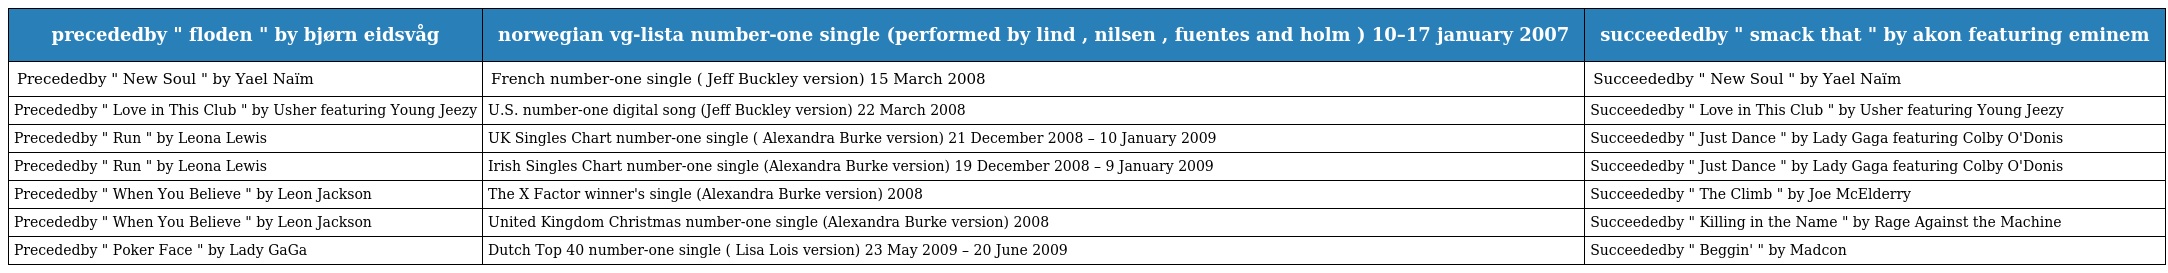
| precededby " floden " by bjørn eidsvåg | norwegian vg-lista number-one single (performed by lind , nilsen , fuentes and holm ) 10–17 january 2007 | succeededby " smack that " by akon featuring eminem |
 | --- | --- | --- |
 | Precededby " New Soul " by Yael Naïm | French number-one single ( Jeff Buckley version) 15 March 2008 | Succeededby " New Soul " by Yael Naïm |
 | Precededby " Love in This Club " by Usher featuring Young Jeezy | U.S. number-one digital song (Jeff Buckley version) 22 March 2008 | Succeededby " Love in This Club " by Usher featuring Young Jeezy |
 | Precededby " Run " by Leona Lewis | UK Singles Chart number-one single ( Alexandra Burke version) 21 December 2008 – 10 January 2009 | Succeededby " Just Dance " by Lady Gaga featuring Colby O'Donis |
 | Precededby " Run " by Leona Lewis | Irish Singles Chart number-one single (Alexandra Burke version) 19 December 2008 – 9 January 2009 | Succeededby " Just Dance " by Lady Gaga featuring Colby O'Donis |
 | Precededby " When You Believe " by Leon Jackson | The X Factor winner's single (Alexandra Burke version) 2008 | Succeededby " The Climb " by Joe McElderry |
 | Precededby " When You Believe " by Leon Jackson | United Kingdom Christmas number-one single (Alexandra Burke version) 2008 | Succeededby " Killing in the Name " by Rage Against the Machine |
 | Precededby " Poker Face " by Lady GaGa | Dutch Top 40 number-one single ( Lisa Lois version) 23 May 2009 – 20 June 2009 | Succeededby " Beggin' " by Madcon |